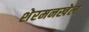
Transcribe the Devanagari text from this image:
शेरमनखेल